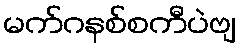
မက်ဂနစ်စကီပဲဗျ